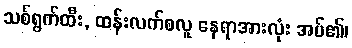
သစ်ရွက်ထီး, ထန်းလက်စလူ နေရာအားလုံး အပ်၏၊